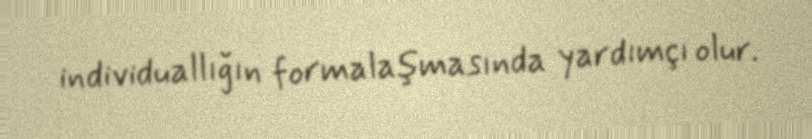
individuallığın formalaşmasında yardımçı olur.